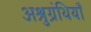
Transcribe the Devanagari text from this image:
अश्रुग्रंथियाँ